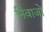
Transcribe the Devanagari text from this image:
निवाजो